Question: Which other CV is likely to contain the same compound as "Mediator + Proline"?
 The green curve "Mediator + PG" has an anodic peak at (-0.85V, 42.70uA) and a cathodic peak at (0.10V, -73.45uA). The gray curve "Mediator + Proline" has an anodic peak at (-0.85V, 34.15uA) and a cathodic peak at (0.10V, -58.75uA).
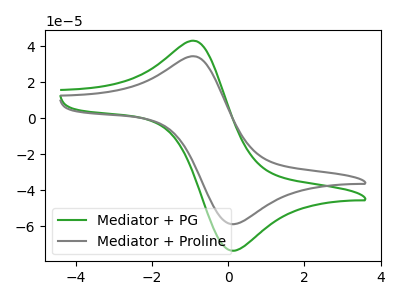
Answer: <think>All the peaks in "Mediator + PG" have a peak in "Mediator + Proline" at the same potential. Every peak in "Mediator + PG" is higher than every peak in "Mediator + Proline".
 </think>
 <answer>The CV with the most similar shape to "Mediator + PG" is "Mediator + Proline".</answer>
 <eval>"Mediator + Proline"</eval>